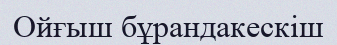
Ойғыш бұрандакескіш